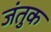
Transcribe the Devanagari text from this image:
जंतुक